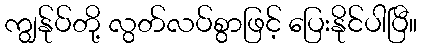
ကျွန်ုပ်တို့ လွတ်လပ်စွာဖြင့် ပြေးနိုင်ပါပြီ။